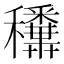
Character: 𥤑